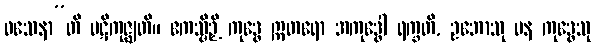
ဝသေနာ”တိ ပဋိကုဇ္ဈတိ။ ဧကသ္မိဉှိ ကုဒ္ဓေ ဣတရော အကုဒ္ဓေါ ရက္ခတိ, ဥဘောသု ပန ကုဒ္ဓေသု